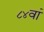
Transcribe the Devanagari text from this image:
८४वां